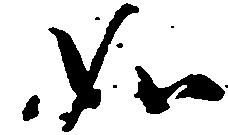
如